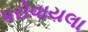
પરોવાયલા